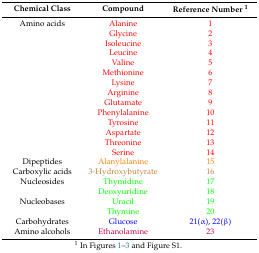
<table><thead><tr><td><b>Chemical Class</b></td><td><b>Compound</b></td><td><b>Reference Number <sup>1</sup></b></td></tr></thead><tbody><tr><td>Amino acids</td><td>Alanine</td><td>1</td></tr><tr><td>[EMPTY_CELL]</td><td>Glycine</td><td>2</td></tr><tr><td>[EMPTY_CELL]</td><td>Isoleucine</td><td>3</td></tr><tr><td>[EMPTY_CELL]</td><td>Leucine</td><td>4</td></tr><tr><td>[EMPTY_CELL]</td><td>Valine</td><td>5</td></tr><tr><td>[EMPTY_CELL]</td><td>Methionine</td><td>6</td></tr><tr><td>[EMPTY_CELL]</td><td>Lysine</td><td>7</td></tr><tr><td>[EMPTY_CELL]</td><td>Arginine</td><td>8</td></tr><tr><td>[EMPTY_CELL]</td><td>Glutamate</td><td>9</td></tr><tr><td>[EMPTY_CELL]</td><td>Phenylalanine</td><td>10</td></tr><tr><td>[EMPTY_CELL]</td><td>Tyrosine</td><td>11</td></tr><tr><td>[EMPTY_CELL]</td><td>Aspartate</td><td>12</td></tr><tr><td>[EMPTY_CELL]</td><td>Threonine</td><td>13</td></tr><tr><td>[EMPTY_CELL]</td><td>Serine</td><td>14</td></tr><tr><td>Dipeptides</td><td>Alanylalanine</td><td>15</td></tr><tr><td>Carboxylic acids</td><td>3-Hydroxybutyrate</td><td>16</td></tr><tr><td>Nucleosides</td><td>Thymidine</td><td>17</td></tr><tr><td>[EMPTY_CELL]</td><td>Deoxyuridine</td><td>18</td></tr><tr><td>Nucleobases</td><td>Uracil</td><td>19</td></tr><tr><td>[EMPTY_CELL]</td><td>Thymine</td><td>20</td></tr><tr><td>Carbohydrates</td><td>Glucose</td><td>21(α), 22(β)</td></tr><tr><td>Amino alcohols</td><td>Ethanolamine</td><td>23</td></tr></tbody></table>